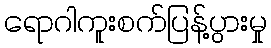
ရောဂါကူးစက်ပြန့်ပွားမှု